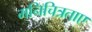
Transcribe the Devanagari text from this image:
मनिचित्रताए